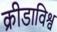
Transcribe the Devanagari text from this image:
क्रीडाविश्व